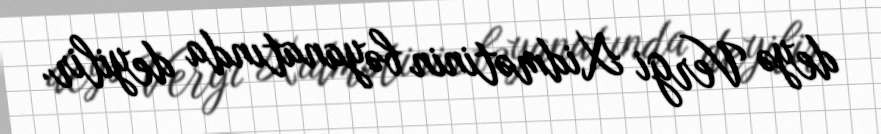
deyə Vergi Xidmətinin bəyanatında deyilir.